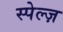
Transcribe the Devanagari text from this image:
स्पेल्ज़